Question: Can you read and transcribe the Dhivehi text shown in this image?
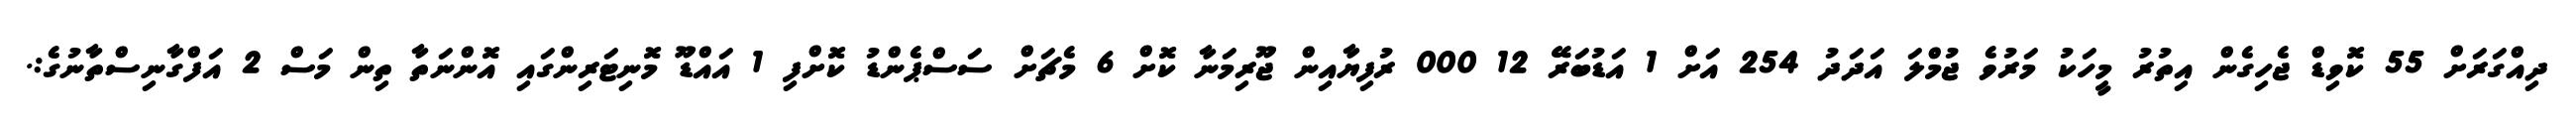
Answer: ދިއްގަރަށް 55 ކޮވިޑް ޖެހިގެން އިތުރު މީހަކު މަރުވެ ޖުމްލަ އަދަދު 254 އަށް 1 އަޑުބަރޭ 12 000 ރުފިޔާއިން ޖޫރިމަނާ ކޮށް 6 މެޗަށް ސަސްޕެންޑު ކޮށްފި 1 އައްޑޫ މޮނިޓަރިންގައި އޮންނަތާ ތިން މަސް 2 އަފްގާނިސްތާނުގެ:.